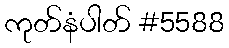
ကုတ်နံပါတ် #5588